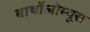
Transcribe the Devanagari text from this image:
बार्थोलोम्यूस